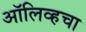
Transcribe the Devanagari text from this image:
ऑलिव्हचा